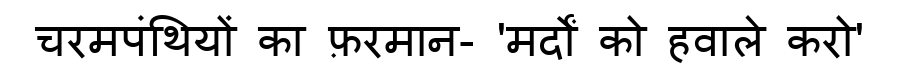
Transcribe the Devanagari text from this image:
चरमपंथियों का फ़रमान- 'मर्दों को हवाले करो'